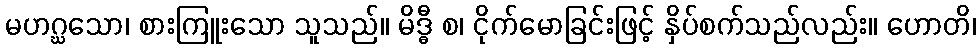
မဟဂ္ဃသော၊ စားကြူးသော သူသည်။ မိဒ္ဓီ စ၊ ငိုက်မောခြင်းဖြင့် နှိပ်စက်သည်လည်း။ ဟောတိ၊